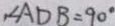
, \angle A D B = 9 0 ^ { \circ }